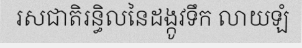
រសជាតិរន្ធិលនៃដង្កូវទឹក លាយឡំ